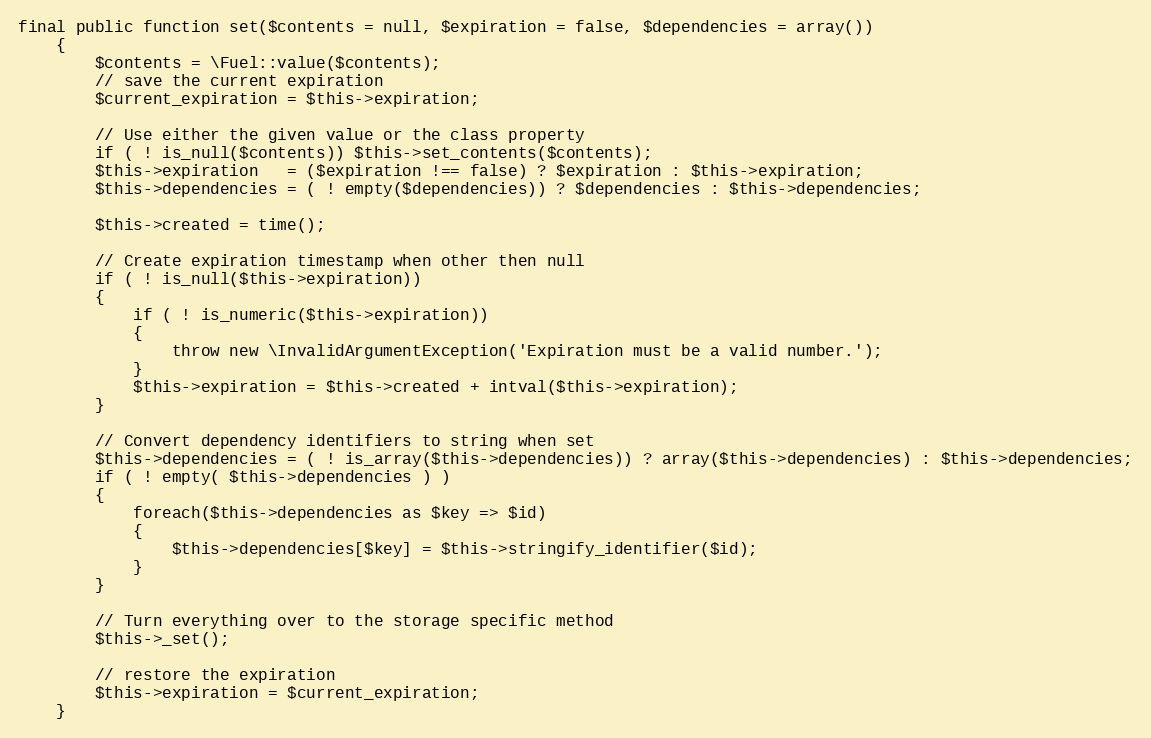
Language: PHP
final public function set($contents = null, $expiration = false, $dependencies = array())
	{
		$contents = \Fuel::value($contents);
		// save the current expiration
		$current_expiration = $this->expiration;

		// Use either the given value or the class property
		if ( ! is_null($contents)) $this->set_contents($contents);
		$this->expiration	= ($expiration !== false) ? $expiration : $this->expiration;
		$this->dependencies	= ( ! empty($dependencies)) ? $dependencies : $this->dependencies;

		$this->created = time();

		// Create expiration timestamp when other then null
		if ( ! is_null($this->expiration))
		{
			if ( ! is_numeric($this->expiration))
			{
				throw new \InvalidArgumentException('Expiration must be a valid number.');
			}
			$this->expiration = $this->created + intval($this->expiration);
		}

		// Convert dependency identifiers to string when set
		$this->dependencies = ( ! is_array($this->dependencies)) ? array($this->dependencies) : $this->dependencies;
		if ( ! empty( $this->dependencies ) )
		{
			foreach($this->dependencies as $key => $id)
			{
				$this->dependencies[$key] = $this->stringify_identifier($id);
			}
		}

		// Turn everything over to the storage specific method
		$this->_set();

		// restore the expiration
		$this->expiration = $current_expiration;
	}